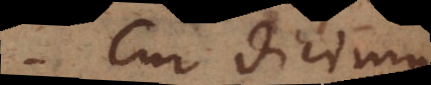
Cur dicimus